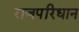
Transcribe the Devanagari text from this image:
राजपरिधान